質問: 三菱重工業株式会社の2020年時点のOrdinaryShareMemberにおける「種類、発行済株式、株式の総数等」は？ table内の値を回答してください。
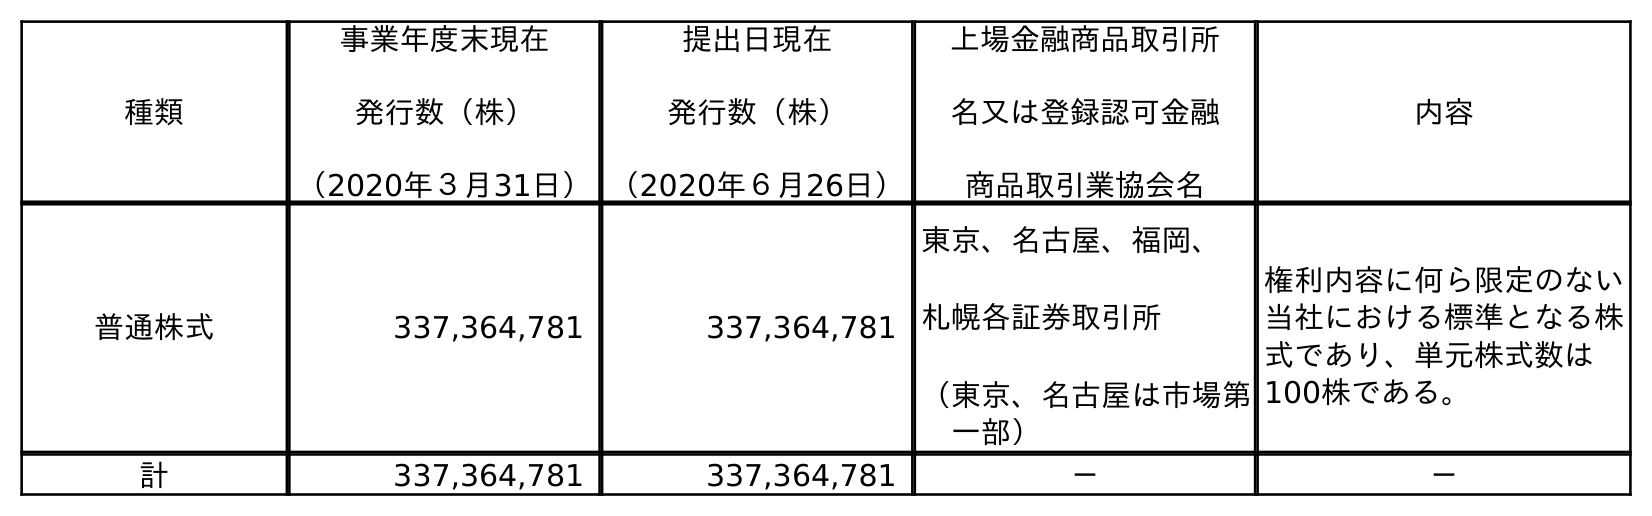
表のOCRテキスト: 種類 事業年度末現在 発行数（株） （2020年３月31日） 提出日現在 発行数（株） （2020年６月26日） 上場金融商品取引所 名又は登録認可金融 商品取引業協会名 内容 普通株式 337,364,781 337,364,781 東京、名古屋、福岡、 札幌各証券取引所 （東京、名古屋は市場第 一部） 権利内容に何ら限定のない 当社における標準となる株 式であり、単元株式数は 100株である。 計 337,364,781 337,364,781 － －
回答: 普通株式